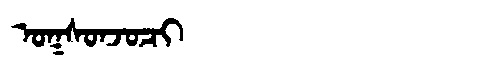
Manchu: ᠣᡴᠰᠣᠨᠵᠣᠴᡳ
Romanization: OKSONJOCI